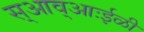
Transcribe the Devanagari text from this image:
स्आव्आःईळी